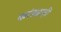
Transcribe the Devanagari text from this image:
करंड्याही